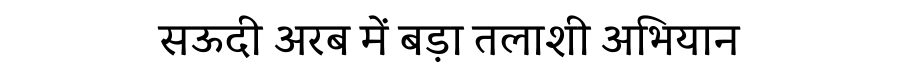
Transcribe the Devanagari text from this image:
सऊदी अरब में बड़ा तलाशी अभियान